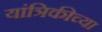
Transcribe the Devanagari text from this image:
यांत्रिकीच्या